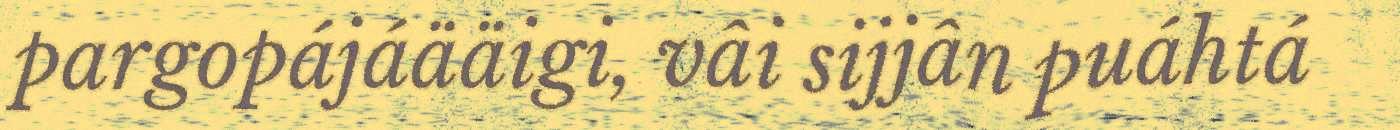
pargopájáääigi, vâi sijjân puáhtá